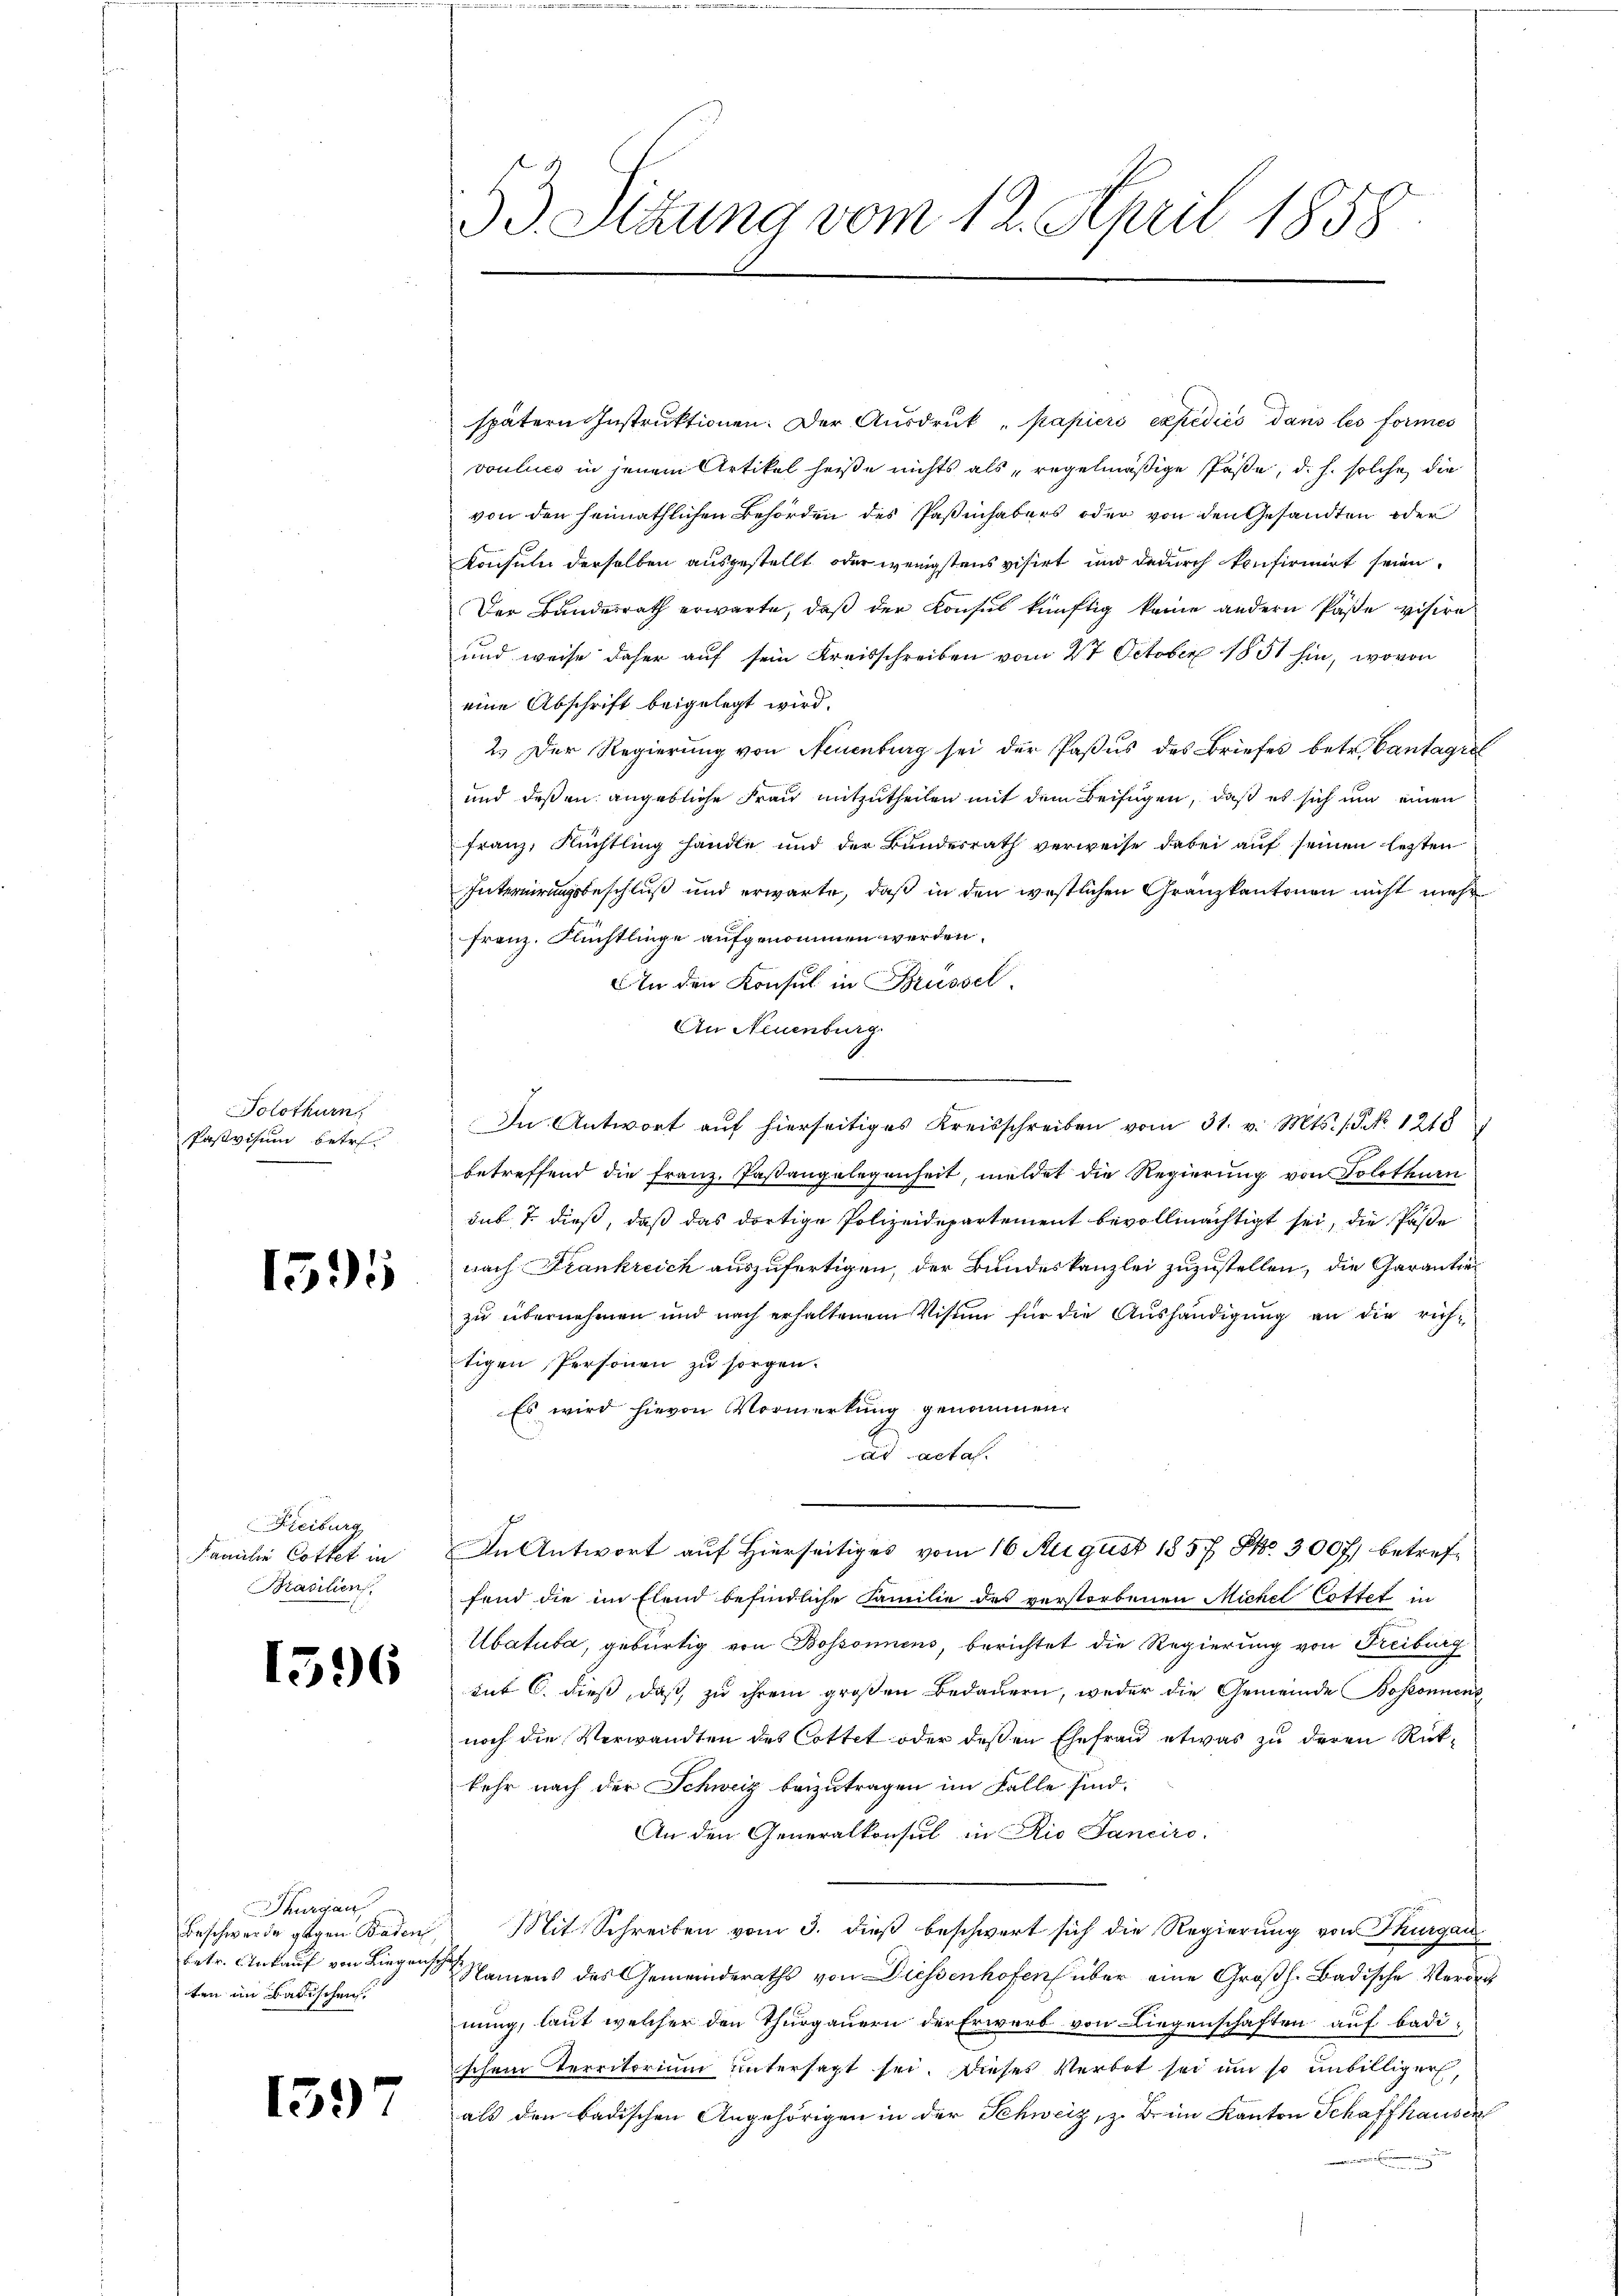
Solothurn,
Pasvisum betr.

1595

Freiburg
Familie Cottet in
Brasilien

1396

Thurgau
ten im Badischen

1597

53. Sitzung vom 12. April 1858.

spätern Instruktionen. Der Ausdruck „papiers expedico dans les formes
voulues in jenem Artikel heiße nichts als „regelmäßige Paße, d. h. solche die
von den heimathlichen Behörden des Paßinhabers oder von den Gesandten oder
Konsul derselben ausgestellt oder wenigstens visirt und dadurch konfirmirt seien.
Der Bundesrath erwarte, daß der Konsul künftig keine andern Paße visire
und weise daher auf sein Kreisschreiben vom 27. October 1851 hin, wovon
eine Abschrift beigelegt wird.
2.) Der Regierung von Neuenburg sei der Pasus des Briefes betr. Cantagri
und deßen angebliche Frau mitzutheilen mit dem Beifügen, daß es sich um einen
Franz, Richtling handle und der Bundesrath verweise dabei auf seinen letzten
Internirungsbeschluß und erwarte, daß in den westlichen Gränzkantonen nicht mehr
Franz. Flüchtlinge aufgenommen werden.
An den Konsul in Brüssel.
An Neuenburg
s
In Antwort aŭf hierseitiges Kreisschreiben vom 31. v. Mts. 1. No. 1218
betreffend die Franz. Pastangelegenheit, meldet die Regierung von Solothurn
sub. 2 dieß, daß das dortige Polizeidepartement bevollmächtigt sei, die Pässe
nach Frankreich auszufertigen, der Bundeskanzlei zuzustellen, die Garantiezu übernehmen und nach erhaltenem Visum für die Aushändigung an die richtigen Personen zu sorgen.
Es wird hievon Vormerkung genommen.
 acta.
In Antwort auf Hierseitiges vom 16. August 1857 NNo. 300f) betreffend die im Elend befindliche Familie des verstorbenen Michel Cottet in
Ubatusa, gebürtig von Bossonnens, berichtet die Regierung von Freiburg
tit C. dieß, daß zu ihrem großen Bedauern, weder die Gemeinde Bosonnens
noch die Verwandten des Cottet oder deßen Ehefrau etwas zu deren Rükkehr nach der Schweiz beizutragen im Falle sind.
An den Generalkonsul in Rio Sanciro-
Beschwerde gegen Baden, Mit Schreiben vom 3. dieß beschwert sich die Regierung von Thurgau
betr. Ankauf von Liegenschen Namens des Gemeinderaths von Diessenhofen über eine Großh. Badische Verord
nung, laut welcher den Thurgauern der Erwerb von Liegenschaften auf badischen Territorium untersagt sei. Dieses Verbot sei um so unbilliger,
als den badischen Angehörigen in der Schweiz, z. B. im Kanton Schaffhausen
2